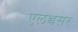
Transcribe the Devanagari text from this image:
एलथसर